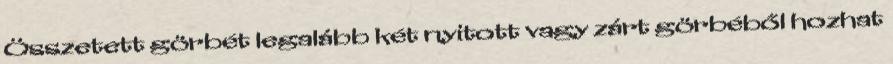
Összetett görbét legalább két nyitott vagy zárt görbéből hozhat